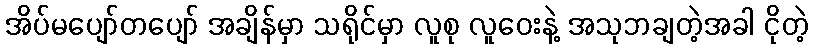
အိပ်မပျော်တပျော် အချိန်မှာ သရိုင်မှာ လူစု လူဝေးနဲ့ အသုဘချတဲ့အခါ ငိုတဲ့